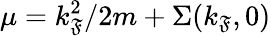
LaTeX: \mu=k_{\mathfrak{F}}^{2}/2m+\Sigma(k_{\mathfrak{F}},0)